Report of the Indian Hemp Drugs Commission, 1894-1895 - Volume I
Year: 1894
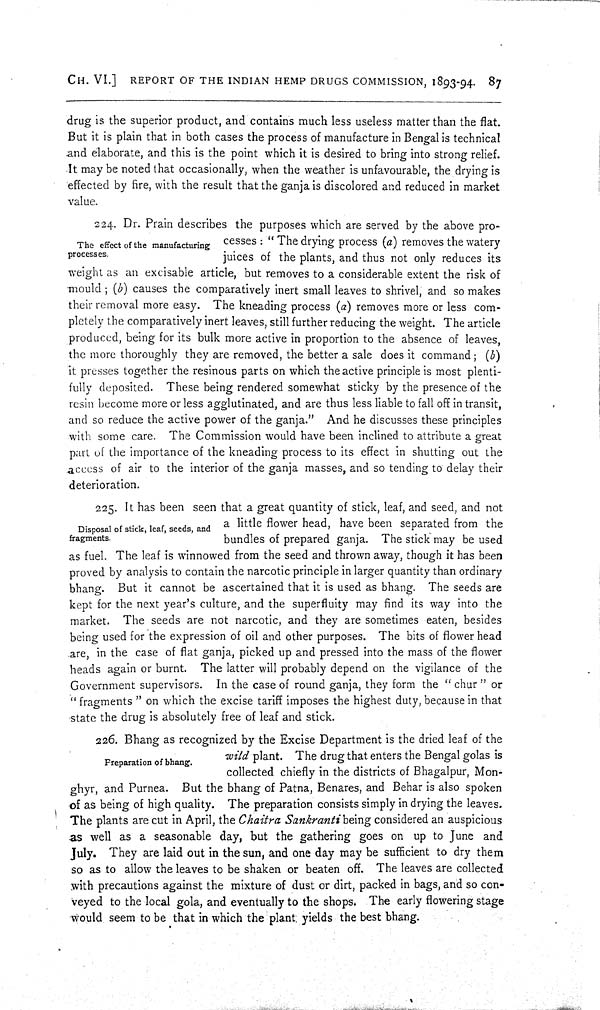
CH. VI.] REPORT OF THE INDIAN HEMP DRUGS COMMISSION, 1893-94. 87
drug is the superior product, and contains much less useless matter than the flat.
But it is plain that in both cases the process of manufacture in Bengal is technical
and elaborate, and this is the point which it is desired to bring into strong relief.
It may be noted that occasionally, when the weather is unfavourable, the drying is
effected by fire, with the result that the ganja is discolored and reduced in market
value.
The effect of the manufacturing
processes.
224. Dr. Prain describes the purposes which are served by the above pro-
cesses: "The drying process (a) removes the watery
juices of the plants, and thus not only reduces its
weight as an excisable article, but removes to a considerable extent the risk of
mould; (b) causes the comparatively inert small leaves to shrivel, and so makes
their removal more easy. The kneading process (a) removes more or less com-
pletely the comparatively inert leaves, still further reducing the weight. The article
produced, being for its bulk more active in proportion to the absence of leaves,
the more thoroughly they are removed, the better a sale does it command; (b)
it presses together the resinous parts on which the active principle is most plenti-
fully deposited. These being rendered somewhat sticky by the presence of the
resin become more or less agglutinated, and are thus less liable to fall off in transit,
and so reduce the active power of the ganja." And he discusses these principles
with some care. The Commission would have been inclined to attribute a great
part of the importance of the kneading process to its effect in shutting out the
access of air to the interior of the ganja masses, and so tending to delay their
deterioration.
Disposal of stick, leaf, seeds, and
fragments.
225. It has been seen that a great quantity of stick, leaf, and seed, and not
a little flower head, have been separated from the
bundles of prepared ganja. The stick may be used
as fuel. The leaf is winnowed from the seed and thrown away, though it has been
proved by analysis to contain the narcotic principle in larger quantity than ordinary
bhang. But it cannot be ascertained that it is used as bhang. The seeds are
kept for the next year's culture, and the superfluity may find its way into the
market. The seeds are not narcotic, and they are sometimes eaten, besides
being used for the expression of oil and other purposes. The bits of flower head
are, in the case of flat ganja, picked up and pressed into the mass of the flower
heads again or burnt. The latter will probably depend on the vigilance of the
Government supervisors. In the case of round ganja, they form the "chur" or
"fragments" on which the excise tariff imposes the highest duty, because in that
state the drug is absolutely free of leaf and stick.
Preparation of bhang.
226. Bhang as recognized by the Excise Department is the dried leaf of the
wild plant. The drug that enters the Bengal golas is
collected chiefly in the districts of Bhagalpur, Mon-
ghyr, and Purnea. But the bhang of Patna, Benares, and Behar is also spoken
of as being of high quality. The preparation consists simply in drying the leaves.
The plants are cut in April, the Chaitra Sankranti being considered an auspicious
as well as a seasonable day, but the gathering goes on up to June and
July. They are laid out in the sun, and one day may be sufficient to dry them
so as to allow the leaves to be shaken or beaten off. The leaves are collected
with precautions against the mixture of dust or dirt, packed in bags, and so con-
veyed to the local gola, and eventually to the shops. The early flowering stage
would seem to be that in which the plant yields the best bhang.